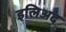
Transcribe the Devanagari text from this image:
इलिअद